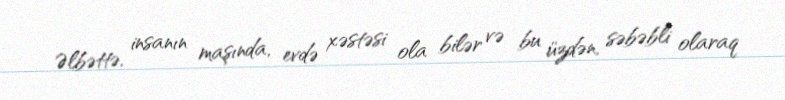
Əlbəttə, insanın maşında, evdə xəstəsi ola bilər və bu üzdən, səbəbli olaraq